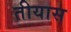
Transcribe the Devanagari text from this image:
तीयास